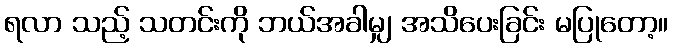
ရလာ သည့် သတင်းကို ဘယ်အခါမျှ အသိပေးခြင်း မပြုတော့။